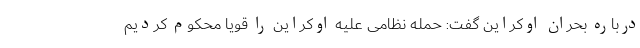
درباره بحران اوکراین گفت: حمله نظامی علیه اوکراین را قویا محکوم کردیم